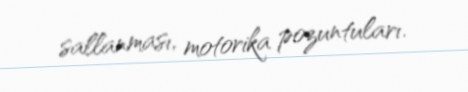
sallanması, motorika pozuntuları.